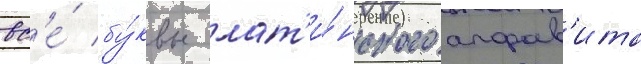
вс'е́ бу́квы лат'и́нского алфав'ита